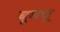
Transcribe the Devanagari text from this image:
बूमचू